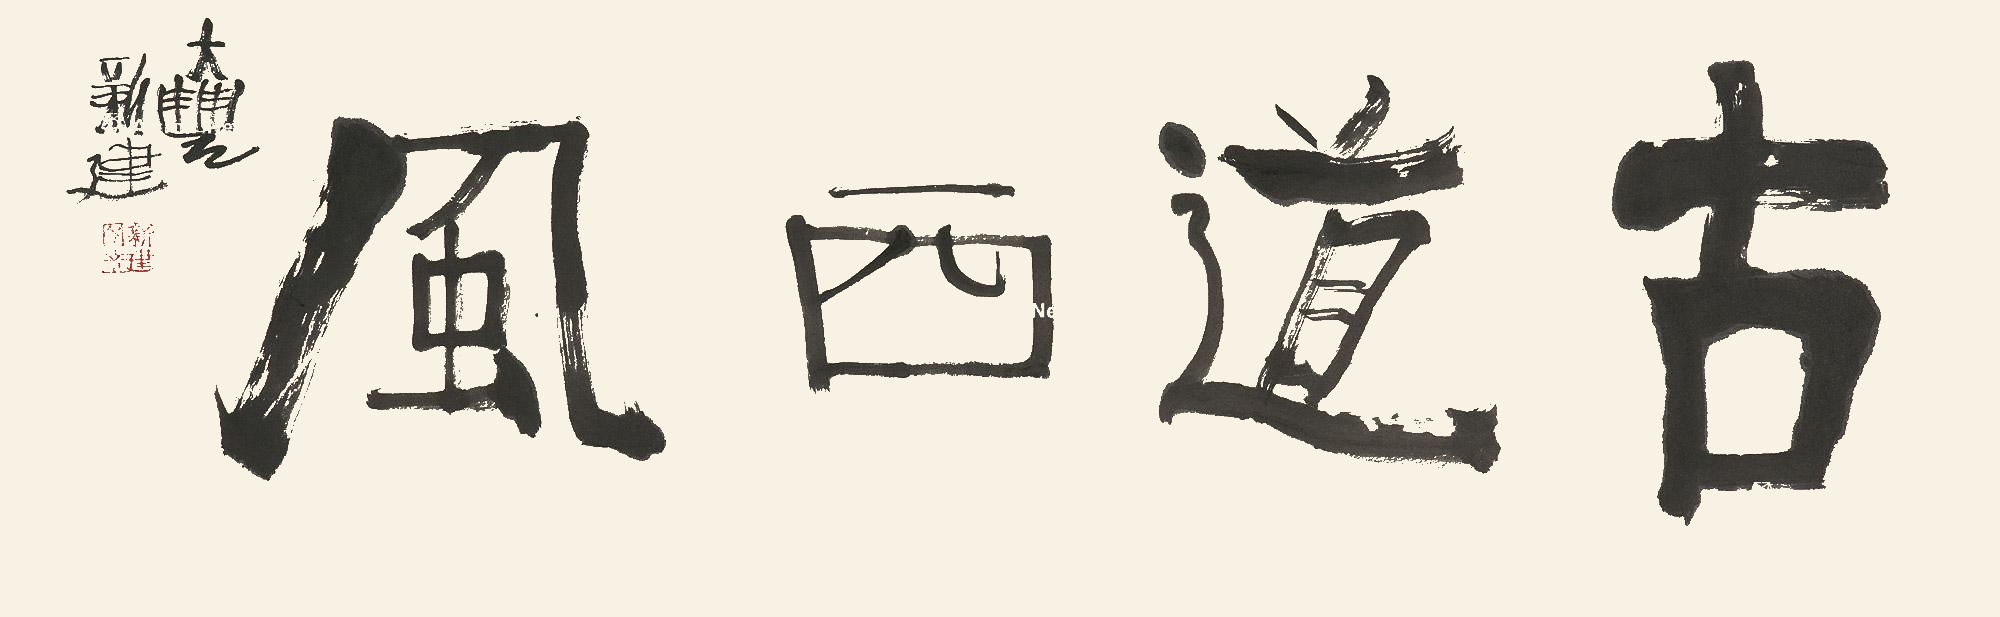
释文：古道西风大丰新建。